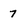
Character: 7